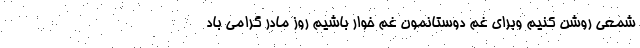
شمعی روشن کنیم وبرای غم دوستانمون غم خوار باشیم روز مادر گرامی باد